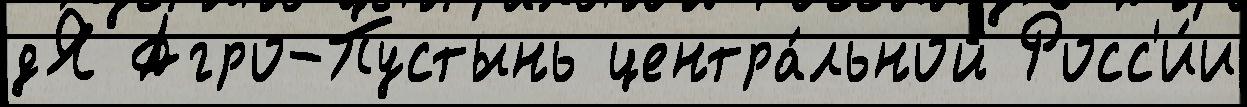
дЯ Агро-Пустынь центра́льной Росс'и́и